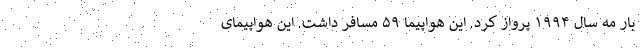
بار مه سال ۱۹۹۴ پرواز کرد. این هواپیما ۵۹ مسافر داشت. این هواپیمای